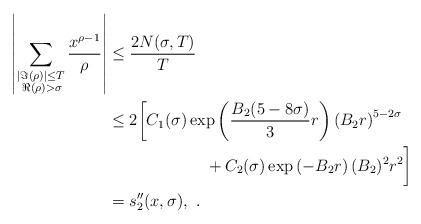
LaTeX: \begin{align*}\left|\sum_{\substack{|\Im(\rho)| \leq T\\\:\Re(\rho) > \sigma}}\frac{x^{\rho - 1}}{\rho}\right|&\leq\frac{2N(\sigma, T)}{T}\\&\le 2\bigg[C_1(\sigma)\exp\left(\frac{B_2(5-8\sigma)}{3}r\right)\left(B_2r\right)^{5 - 2\sigma}\\&\qquad\qquad\qquad+ C_2(\sigma)\exp\left(-B_2r\right)(B_2)^2r^2\bigg]\\&= s_2''(x, \sigma),\ .\end{align*}